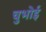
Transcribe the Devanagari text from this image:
चुभोई